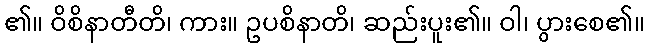
၏။ ဝိစိနာတီတိ၊ ကား။ ဥပစိနာတိ၊ ဆည်းပူး၏။ ဝါ၊ ပွားစေ၏။